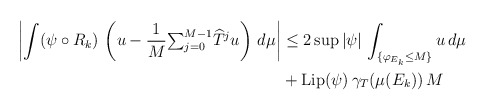
\begin{align*}\left\vert \int(\psi\circ R_{k})\,\left( u-\frac{1}{M}{\textstyle\sum_{j=0}^{M-1}}\widehat{T}^{j}u\right) \,d\mu\right\vert & \leq2\sup\left\vert\psi\right\vert \,\int_{\{\varphi_{E_{k}}\leq M\}}u\,d\mu\\& +\mathrm{Lip}(\psi)\,\gamma_{T}(\mu(E_{k}))\,M\end{align*}